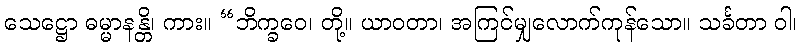
သေဋ္ဌော ဓမ္မာနန္တိ၊ ကား။ “ဘိက္ခဝေ၊ တို့။ ယာဝတာ၊ အကြင်မျှလောက်ကုန်သော။ သင်္ခတာ ဝါ၊